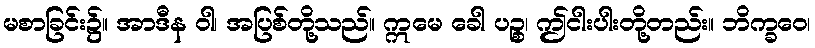
မစာခြင်း၌။ အာဒီန ဝါ၊ အပြစ်တို့သည်။ ဣမေ ခေါ ပဉ္စ၊ ဤငါးပါးတို့တည်း။ ဘိက္ခဝေ၊